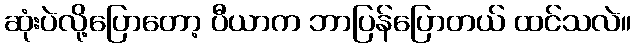
ဆုံးပဲလို့ပြောတော့ ပီယာက ဘာပြန်ပြောတယ် ထင်သလဲ။